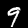
Digit: 9